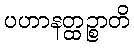
ပဟာနတ္ထဉ္စာတိ